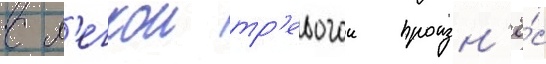
с л'егкои тр'евогои произн'ё́с